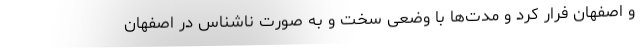
و اصفهان فرار کرد و مدت‌ها با وضعی سخت و به صورت ناشناس در اصفهان